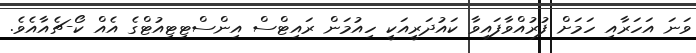
ވަނަ އަހަރާއި ހަމަށް ފުރުއްވާފައިވާ ކައުދަރީއަކީ ހިއުމަން ރައިޓްސް އިންސްޓިޓިއުޓްގެ އެއް ކޯ-ޗެއާއެވެ.